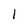
Character: 1